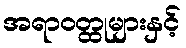
အရာဝတ္ထုများနှင့်